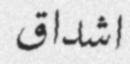
اشداق